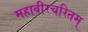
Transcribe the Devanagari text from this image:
महावीरचरितम्